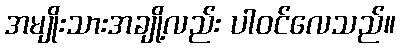
အမျိုးသားအချို့လည်း ပါဝင်လေသည်။